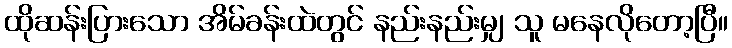
ထိုဆန်းပြားသော အိမ်ခန်းထဲတွင် နည်းနည်းမျှ သူ မနေလိုတော့ပြီ။